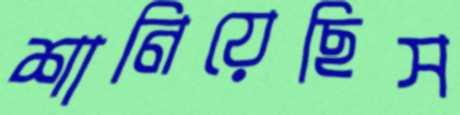
শানিয়েছিস